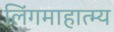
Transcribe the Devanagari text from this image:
लिंगमाहात्म्य